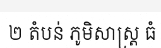
២ តំបន់ ភូមិសាស្ត្រ ធំ